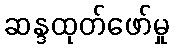
ဆန္ဒထုတ်ဖော်မှု